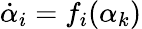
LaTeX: \dot{\alpha}_{i}=f_{i}(\alpha_{k})